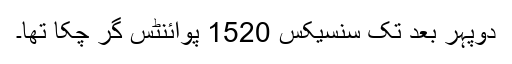
دوپہر بعد تک سنسیکس 1520 پوائنٹس گر چکا تھا۔